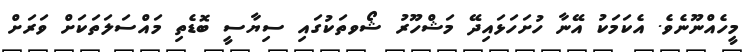
މީހެއްނޫނެވެ. އެކަމަކު އޭނާ ހުށަހަޅައިދޭ މަޝްހޫރު ޝޯވތަކުގައި ސިޔާސީ ބޮޑެތި މައްސަލަތަކަށް ވަރަށް